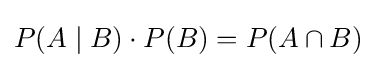
P(A\mid B)\cdot P(B)=P(A\cap B)